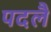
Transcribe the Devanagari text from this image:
पदलै